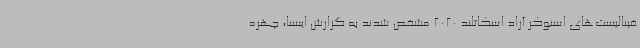
فینالیست‌های اسنوکر آزاد اسکاتلند 2020 مشخص شدند به گزارش ایسنا، چهره